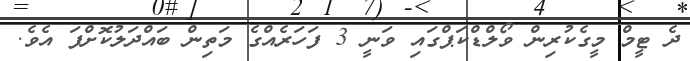
ދެ ޓީމް މީގެކުރިން ވޯލްޑްކަޕްގައި ވަނީ 3 ފަހަރެއްގެ މަތިން ބައްދަލުކޮށްފަ އެވެ.